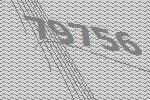
79756